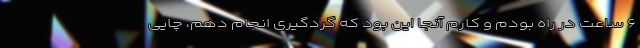
۶ ساعت در راه بودم و کارم آنجا این بود که گردگیری انجام دهم، چایی